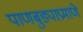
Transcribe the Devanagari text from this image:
पाणबुड्याप्रमाणे